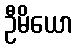
ဦမိယော